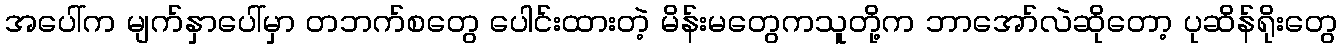
အပေါ်က မျက်နှာပေါ်မှာ တဘက်စတွေ ပေါင်းထားတဲ့ မိန်းမတွေကသူတို့က ဘာအော်လဲဆိုတော့ ပုဆိန်ရိုးတွေ